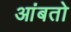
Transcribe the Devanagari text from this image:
आंबतो